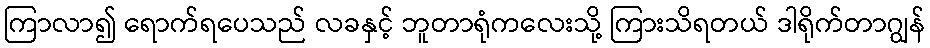
ကြာလာ၍ ရောက်ရပေသည် လခနှင့် ဘူတာရုံကလေးသို့ ကြားသိရတယ် ဒါရိုက်တာဂျွန်